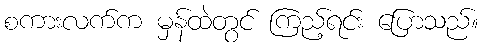
စကားလက်က မှန်ထဲတွင် ကြည့်ရင်း ပြောသည်။